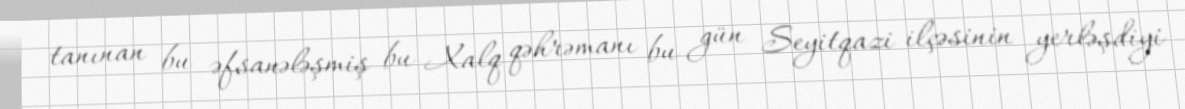
tanınan bu əfsanələşmiş bu Xalq qəhrəmanı bu gün Seyitqazi ilçəsinin yerləşdiyi